Civil Veterinary Department Bengal reports 1933-51 - 1933-1951
Year: 1933
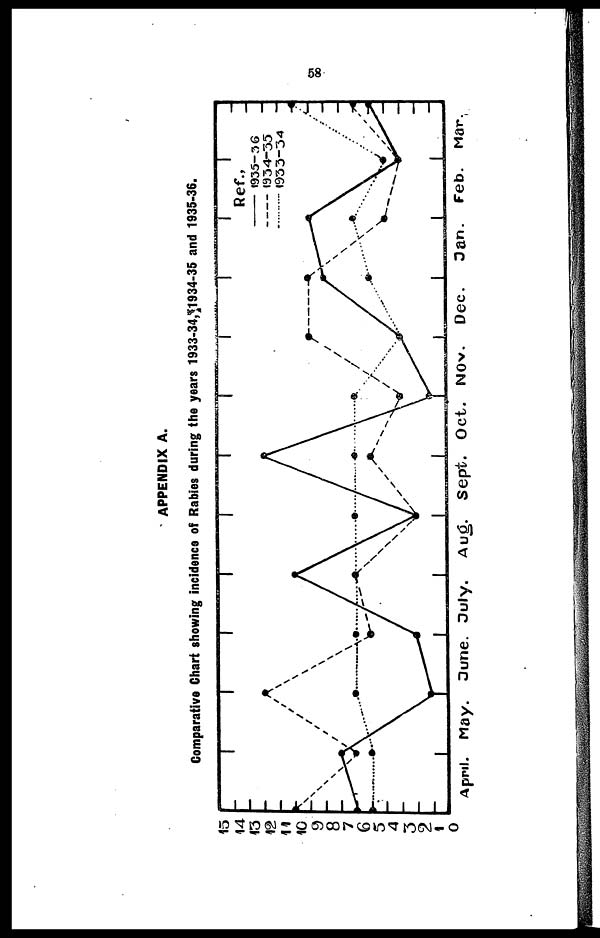
58
APPENDIX A.